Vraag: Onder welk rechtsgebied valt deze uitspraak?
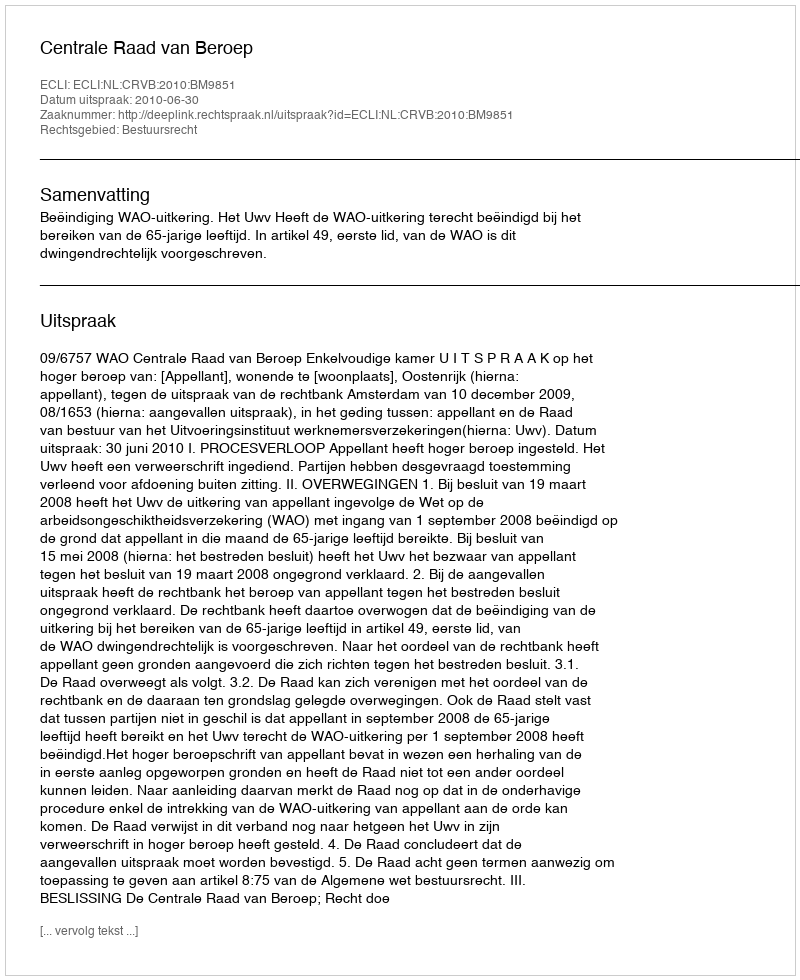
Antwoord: Bestuursrecht